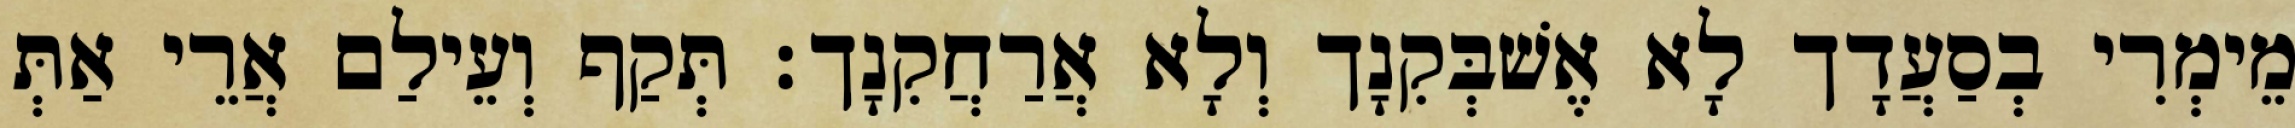
מֵימְרִי בְסַעֲדָך לָא אֶשׁבְּקִנָך וְלָא אֲרַחֲקִנָך׃ תְּקַף וְעֵילַם אֲרֵי אַתְּ